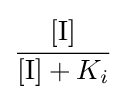
{\cfrac {[\mathrm {I} ]}{[{\ce {I}}]+K_{i}}}